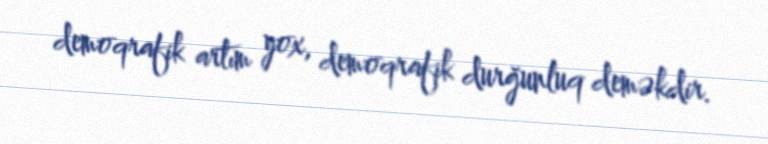
demoqrafik artım yox, demoqrafik durğunluq deməkdir.